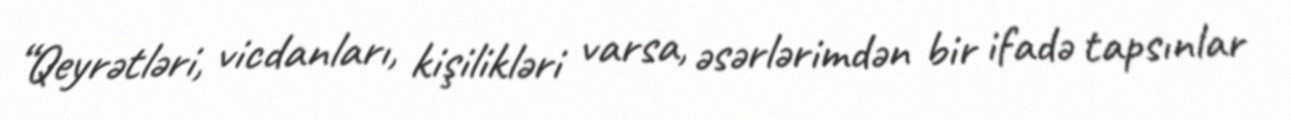
“Qeyrətləri, vicdanları, kişilikləri varsa, əsərlərimdən bir ifadə tapsınlar